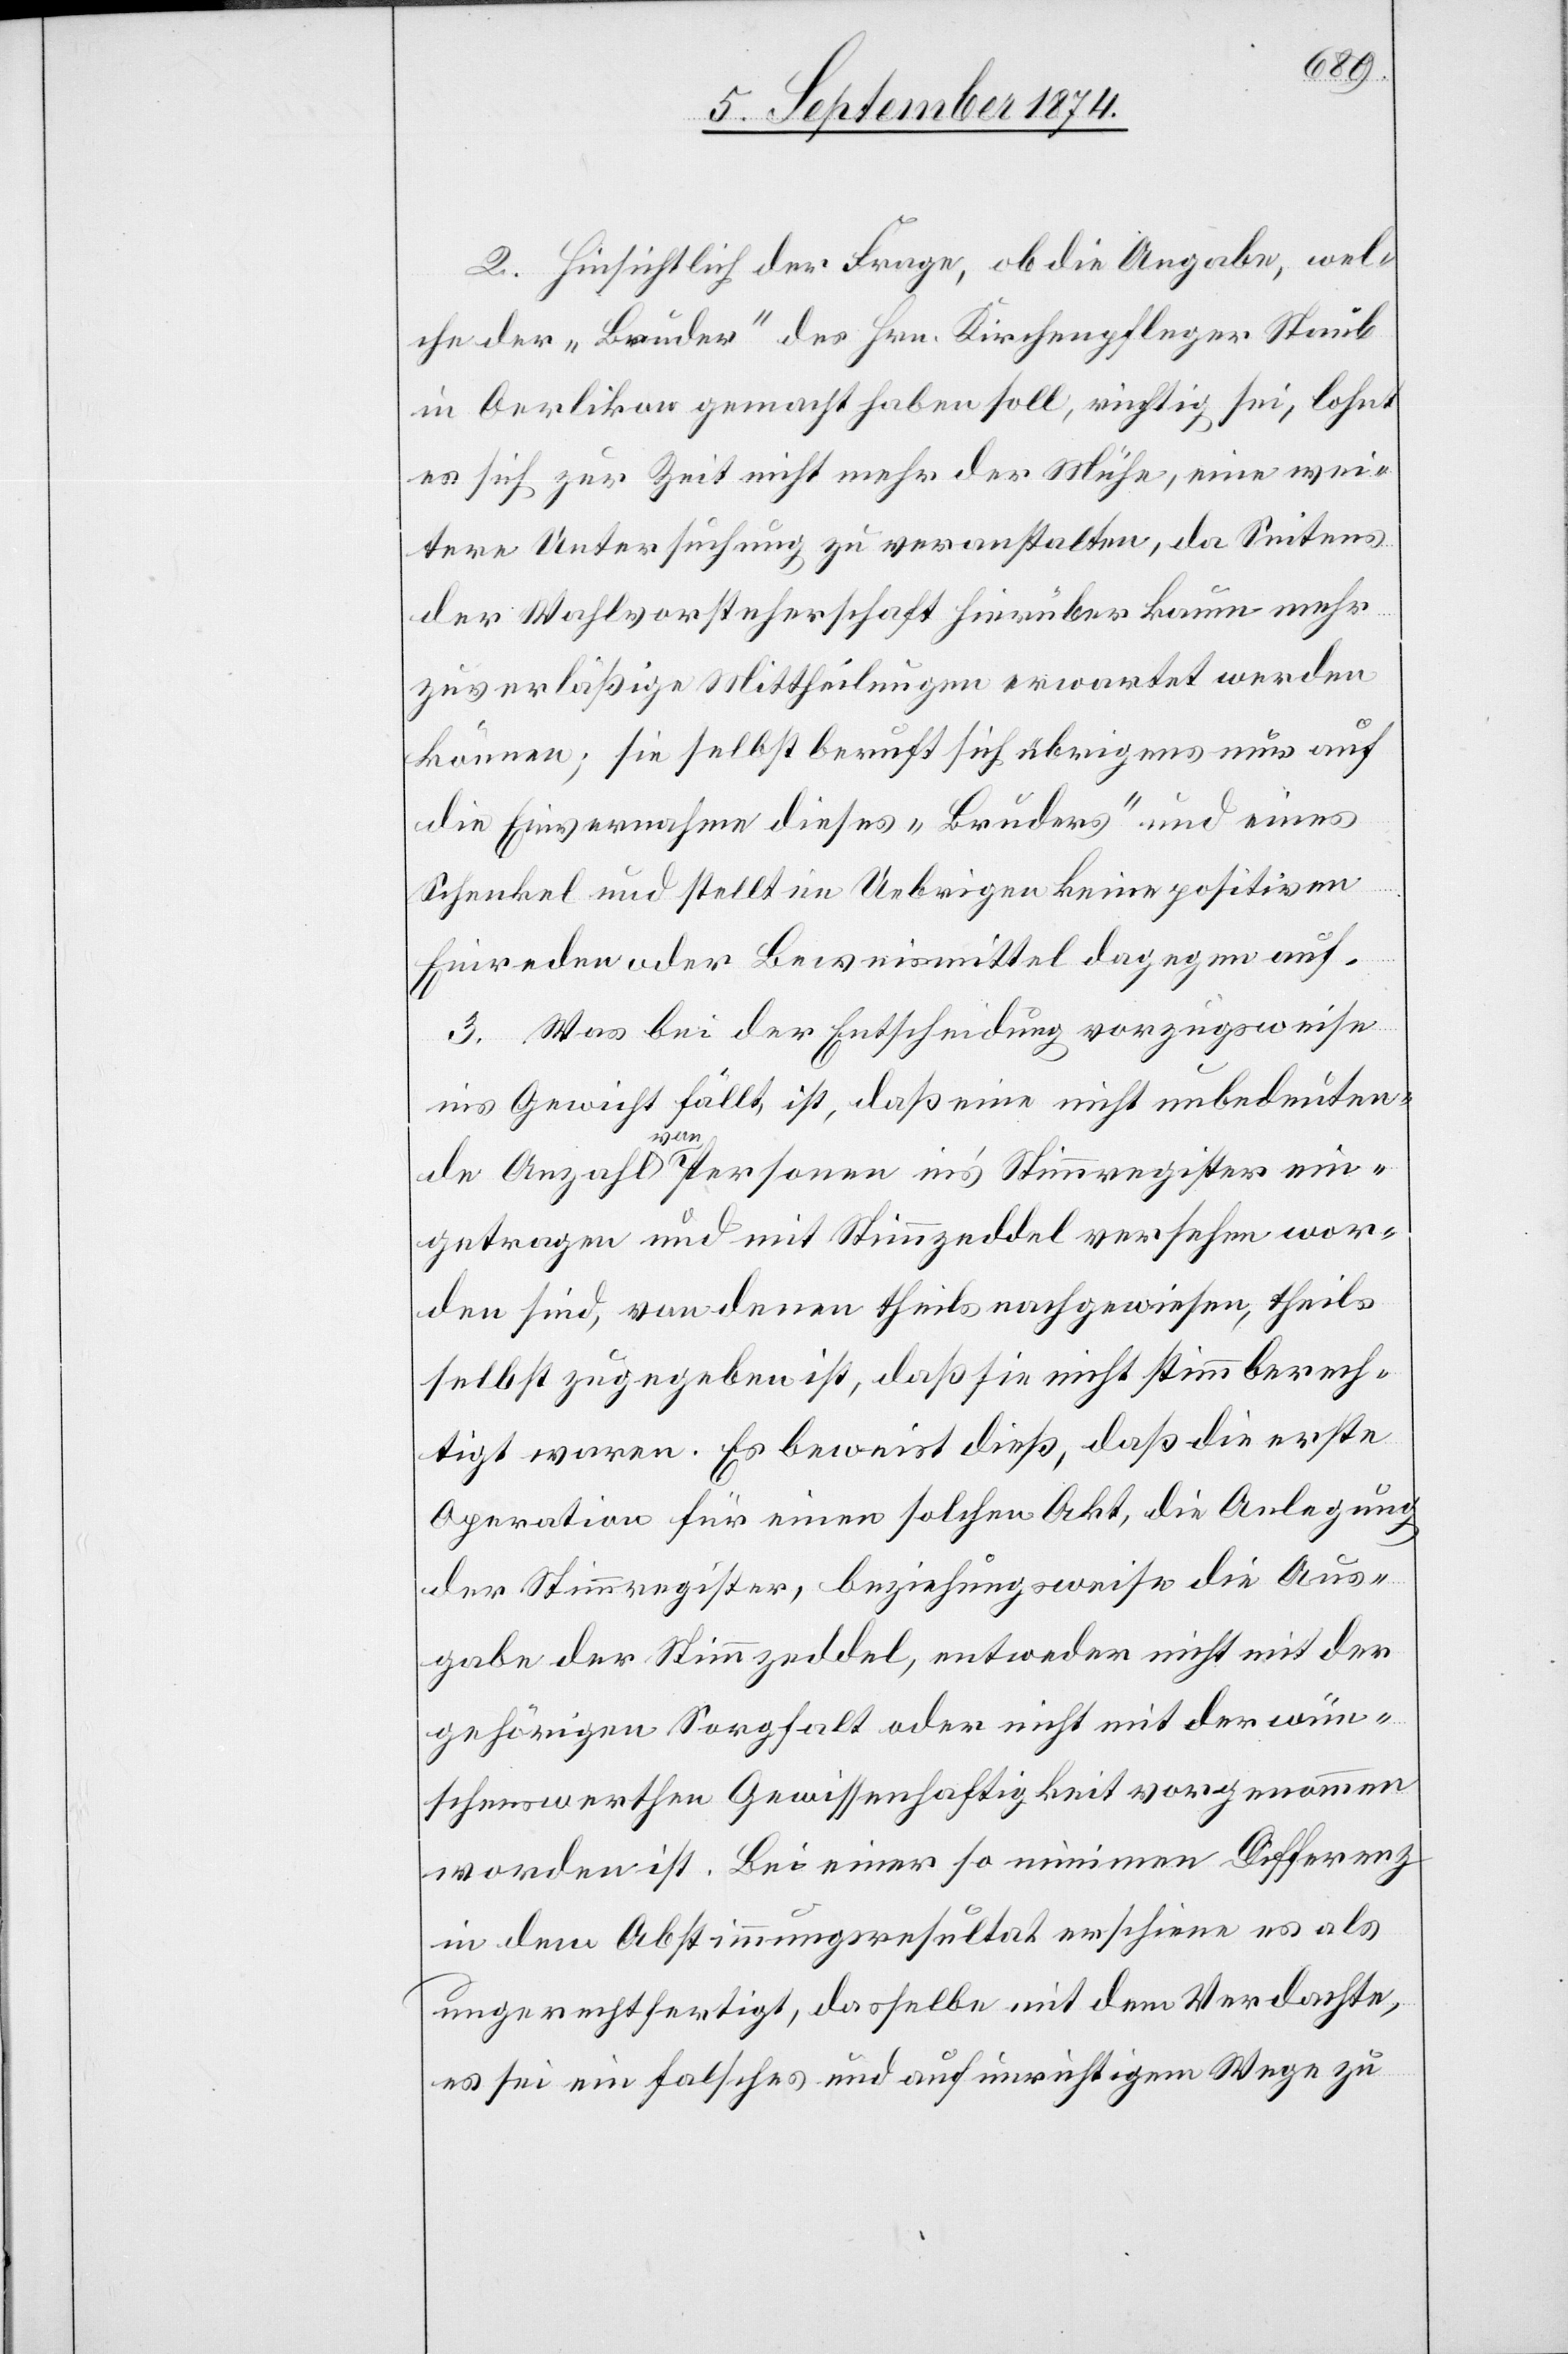
2. Hinsichtlich der Frage, ob die Angabe, wel¬
che der „Bruder“ des Hrn. Kirchenpfleger Staub
in Oerlikon gemacht haben soll, richtig sei, lohnt
es sich zur Zeit nicht mehr der Mühe, eine wei¬
tere Untersuchung zu veranstalten, da Seitens
der Wahlvorsteherschaft hierüber kaum mehr
zuverläßige Mittheilungen erwartet werden
können; sie selbst beruft sich übrigens nur auf
die Einvernahme dieses „Bruders“ und eines
Schenkel und stellt im Uebrigen keine positiven
Einreden oder Beweismittel dagegen auf.
3. Was bei der Entscheidung vorzugsweise
ins Gewicht fällt, ist, daß eine nicht unbedeuten¬
de Anzahl von Personen in’s Stimmregister ein¬
getragen und mit Stimmzeddel versehen wor¬
den sind, von denen theils nachgewiesen, theils
selbst zugegeben ist, daß sie nicht stimmberech¬
tigt waren. Es beweist dieß, daß die erste
Operation für einen solchen Akt, die Anlegung
der Stimmregister, beziehungsweise die Aus¬
gabe der Stimmzeddel, entweder nicht mit der
gehörigen Sorgfalt oder nicht mit der wün¬
schenswerthen Gewissenhaftigkeit vorgenommen
worden ist. Bei einer so minimen Differenz
in dem Abstimmungsresultat erschiene es als
ungerechtfertigt, dasselbe mit dem Verdachte,
es sei ein falsches und auf unrichtigem Wege zu